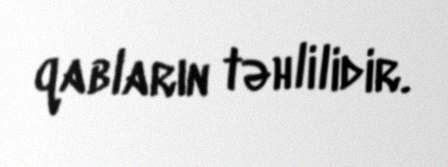
qabların təhlilidir.